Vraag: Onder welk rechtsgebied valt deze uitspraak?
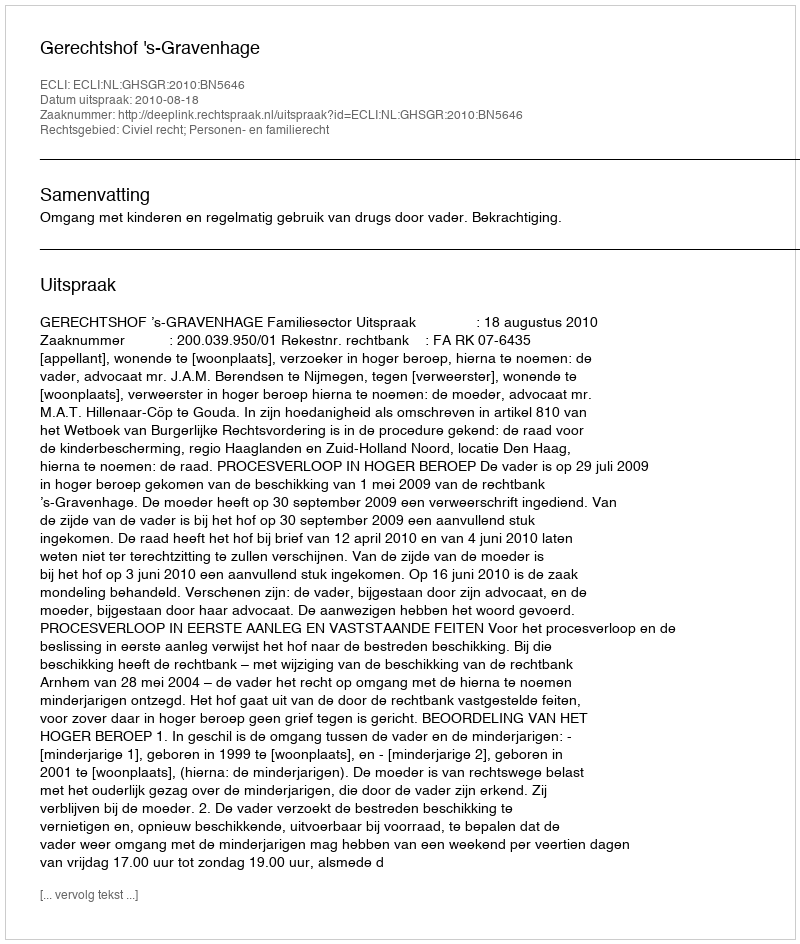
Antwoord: Civiel recht; Personen- en familierecht